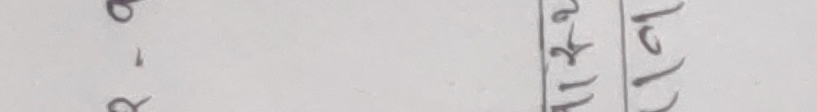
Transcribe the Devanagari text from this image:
११८२